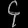
Digit: ၄